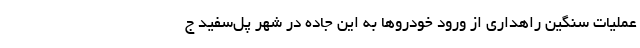
عملیات سنگین راهداری از ورود خودروها به این جاده در شهر پل‌سفید ج